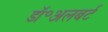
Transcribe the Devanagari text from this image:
डॉ॰अलबर्ट